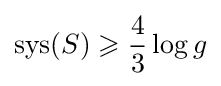
\operatorname {sys} (S)\geqslant {\frac {4}{3}}\log g